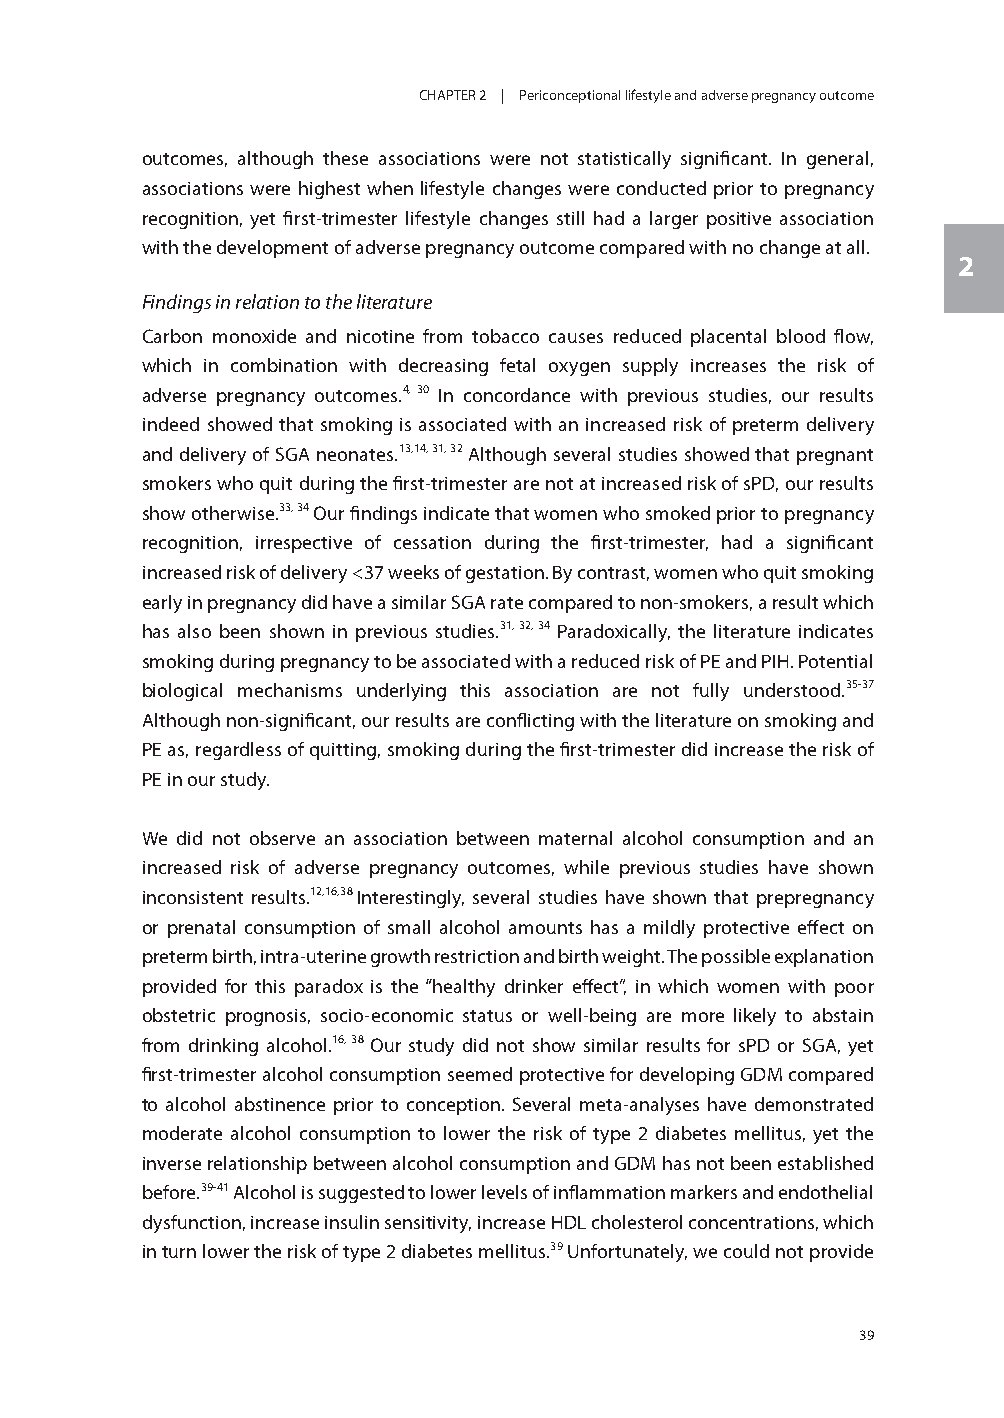
CHAPTER 2 | Periconceptional lifestyle and adverse pregnancy outcome
 outcomes, although these associations were not statistically significant. In general,
 associations were highest when lifestyle changes were conducted prior to pregnancy
 recognition, yet first-trimester lifestyle changes still had a larger positive association
 with the development of adverse pregnancy outcome compared with no change at all.
 2
 Findings in relation to the literature
 Carbon monoxide and nicotine from tobacco causes reduced placental blood flow,
 which in combination with decreasing fetal oxygen supply increases the risk of
 adverse pregnancy outcomes.4, 30 In concordance with previous studies, our results
 indeed showed that smoking is associated with an increased risk of preterm delivery
 and delivery of SGA neonates.13,14, 31, 32 Although several studies showed that pregnant
 smokers who quit during the first-trimester are not at increased risk of sPD, our results
 show otherwise.33, 34 Our findings indicate that women who smoked prior to pregnancy
 recognition, irrespective of cessation during the first-trimester, had a significant
 increased risk of delivery <37 weeks of gestation. By contrast, women who quit smoking
 early in pregnancy did have a similar SGA rate compared to non-smokers, a result which
 has also been shown in previous studies.31, 32, 34 Paradoxically, the literature indicates
 smoking during pregnancy to be associated with a reduced risk of PE and PIH. Potential
 biological mechanisms underlying this association are not fully understood.35-37
 Although non-significant, our results are conflicting with the literature on smoking and
 PE as, regardless of quitting, smoking during the first-trimester did increase the risk of
 PE in our study.
 We did not observe an association between maternal alcohol consumption and an
 increased risk of adverse pregnancy outcomes, while previous studies have shown
 inconsistent results.12,16,38 Interestingly, several studies have shown that prepregnancy
 or prenatal consumption of small alcohol amounts has a mildly protective effect on
 preterm birth, intra-uterine growth restriction and birth weight. The possible explanation
 provided for this paradox is the “healthy drinker effect”, in which women with poor
 obstetric prognosis, socio-economic status or well-being are more likely to abstain
 from drinking alcohol.16, 38 Our study did not show similar results for sPD or SGA, yet
 first-trimester alcohol consumption seemed protective for developing GDM compared
 to alcohol abstinence prior to conception. Several meta-analyses have demonstrated
 moderate alcohol consumption to lower the risk of type 2 diabetes mellitus, yet the
 inverse relationship between alcohol consumption and GDM has not been established
 before.39-41 Alcohol is suggested to lower levels of inflammation markers and endothelial
 dysfunction, increase insulin sensitivity, increase HDL cholesterol concentrations, which
 in turn lower the risk of type 2 diabetes mellitus.39 Unfortunately, we could not provide
 39